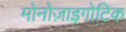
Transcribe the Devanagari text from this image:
मोनोज़ाइगोटिक